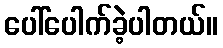
ပေါ်ပေါက်ခဲ့ပါတယ်။